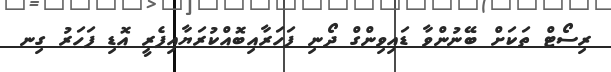
ރިސޯޓް ތަކަށް ބޭނުންވާ ޑައިވިންގް ދޯނި ފަހަރާއިބޮއްކުރަޔާއިފެރީ އޮޑި ފަހަރު ގިނ